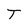
Character: T